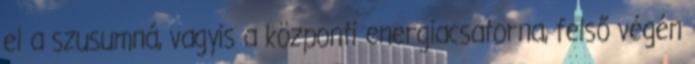
el a szusumná, vagyis a központi energiacsatorna, felső végén